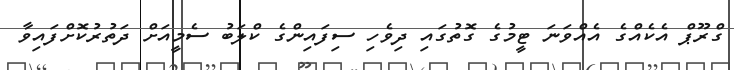
ގްރޫޕް އެކެއްގެ އެއްވަނަ ޓީމުގެ ގޮތުގައި ދިވެހި ސިފައިންގެ ކްލަބު ސެމީއަށް ދަތުރުކޮށްފައިވާ